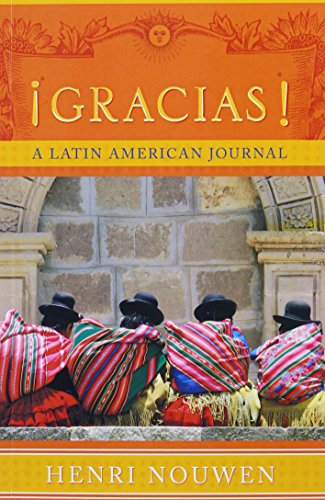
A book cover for Gracias: A Latin American Journal; Henri J. M. Nouwen; Travel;